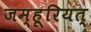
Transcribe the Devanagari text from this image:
जम्हूरियत्